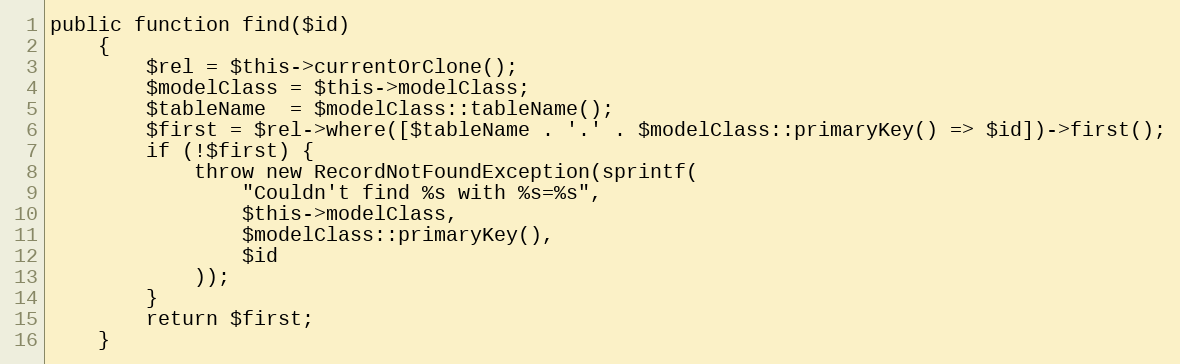
Language: PHP
public function find($id)
    {
        $rel = $this->currentOrClone();
        $modelClass = $this->modelClass;
        $tableName  = $modelClass::tableName();
        $first = $rel->where([$tableName . '.' . $modelClass::primaryKey() => $id])->first();
        if (!$first) {
            throw new RecordNotFoundException(sprintf(
                "Couldn't find %s with %s=%s",
                $this->modelClass,
                $modelClass::primaryKey(),
                $id
            ));
        }
        return $first;
    }